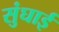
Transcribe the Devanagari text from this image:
सुंघाई